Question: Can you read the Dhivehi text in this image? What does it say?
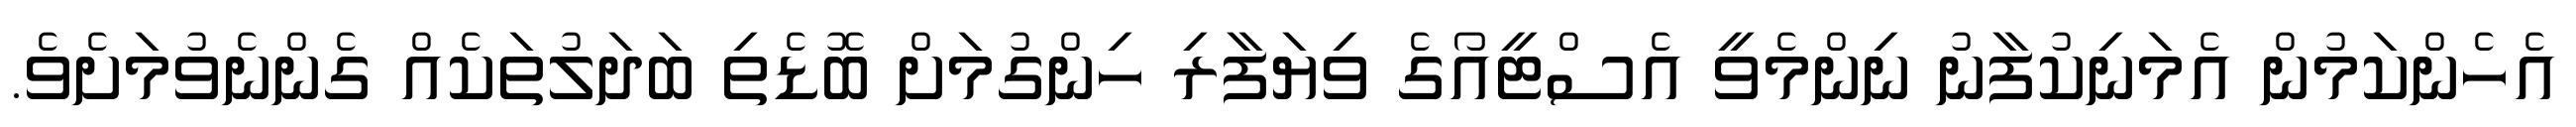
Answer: އެހެންކަމުން އެމަނިކުފާނު ނިންމެވީ އެސްޓީއޯގެ ވިޔަފާރި ހިންގުމަށް ބޮޑެތި ބަދަލުތަކެއް ގެންނެވުމަށެވެ.